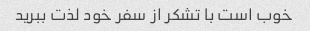
خوب است با تشکر از سفر خود لذت ببرید